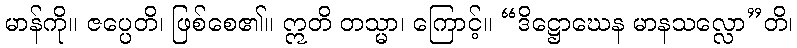
မာန်ကို။ ဇပ္ပေတိ၊ ဖြစ်စေ၏။ ဣတိ တသ္မာ၊ ကြောင့်။ “ဒိဋ္ဌောဃေန မာနသလ္လော”တိ၊